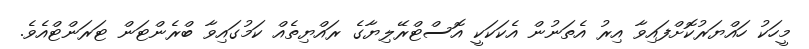
މީހަކު ހައްޔަރުކޮށްފައިވާ އިރު އެތަނުން އެކަކަކީ އޮސްޓްރޭލިޔާގެ ރައްޔިތެއް ކަމުގައިވާ ބްރެންޓަން ޓަރަންޓްއެވެ.